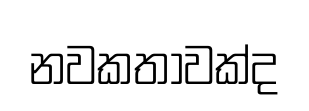
නවකතාවක්ද